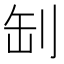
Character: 㓡